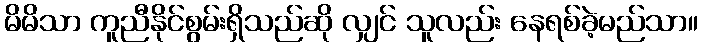
မိမိသာ ကူညီနိုင်စွမ်းရှိသည်ဆို လျှင် သူလည်း နေရစ်ခဲ့မည်သာ။